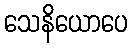
သေနိယောပေ